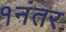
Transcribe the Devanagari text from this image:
१नंतर